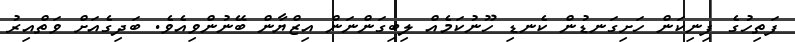
ފަތިހުގެ ފިނިކަން ހަށިގަނޑުން ކެނޑި ހޫނުކަމެއް ލިބިގަންނަން އިޒްޔާން ބޭނުންވިއެވެ. ބަދިގެއަށް ވަތްއިރު